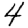
Digit: 4